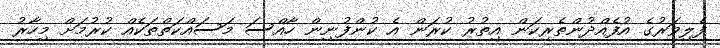
ފެލިވަރުގެ އުފެއްދުންތެރިކަން އިތުރު ކުރަން އެ ކުންފުނިން ހާއްސަ މަސައްކަތްތަކެއް ކުރުމަށް މިހާރު